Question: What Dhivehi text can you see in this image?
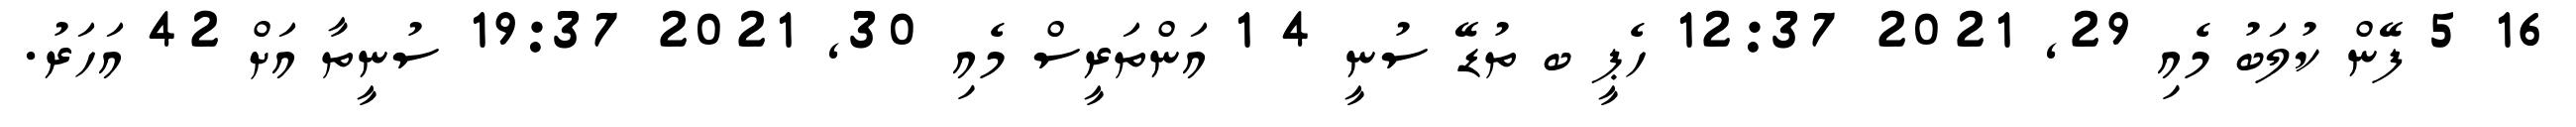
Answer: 16 5 ފޭން ކުލަބު މެއި 29, 2021 12:37 ހެޕީ ބ ތުޑޭ ސުނީ 4 1 އަންތަރީސް މެއި 30, 2021 19:37 ސުނީތާ އަށް 42 އަހަރު.